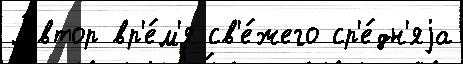
А́втор вр'е́м'я св'е́жего ср'е́дн'яjа